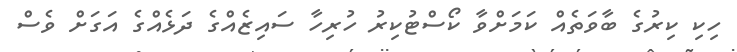
ހިކި ކިރުގެ ބާވަތެއް ކަމަށްވާ ކޯސްޓުކިރު ހުރިހާ ސައިޒެއްގެ ދަޅެއްގެ އަގަށް ވެސް